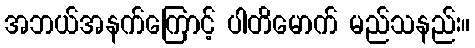
အဘယ်အနက်ကြောင့် ပါတိမောက် မည်သနည်း။